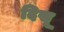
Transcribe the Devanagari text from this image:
दिखू